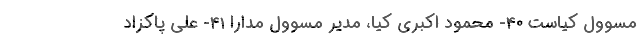
مسوول کیاست 40- محمود اکبری کیا، مدیر مسوول مدارا‌ 41- علی پاکزاد